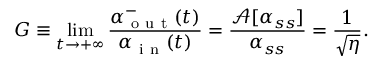
G \equiv \operatorname* { l i m } _ { t \to + \infty } \frac { \alpha _ { \mathrm { ~ o ~ u ~ t ~ } } ^ { - } ( t ) } { \alpha _ { \mathrm { ~ i ~ n ~ } } ( t ) } = \frac { \mathcal { A } [ \alpha _ { s s } ] } { \alpha _ { s s } } = \frac { 1 } { \sqrt { \eta } } .